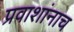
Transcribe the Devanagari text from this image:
प्रवाशांनाच